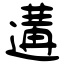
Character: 遘